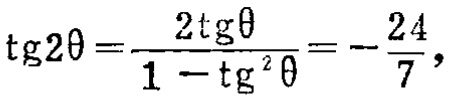
\(\text{tg}2\theta=\frac{2\text{tg}\theta}{1 - \text{tg}^{2}\theta}=-\frac{24}{7},\)